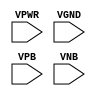
module sky130_fd_sc_ms__tapmet1 (
    VPWR,
    VGND,
    VPB ,
    VNB
);

    // Module ports
    input VPWR;
    input VGND;
    input VPB ;
    input VNB ;
     // No contents.
endmodule